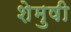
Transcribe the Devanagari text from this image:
शेमुषी